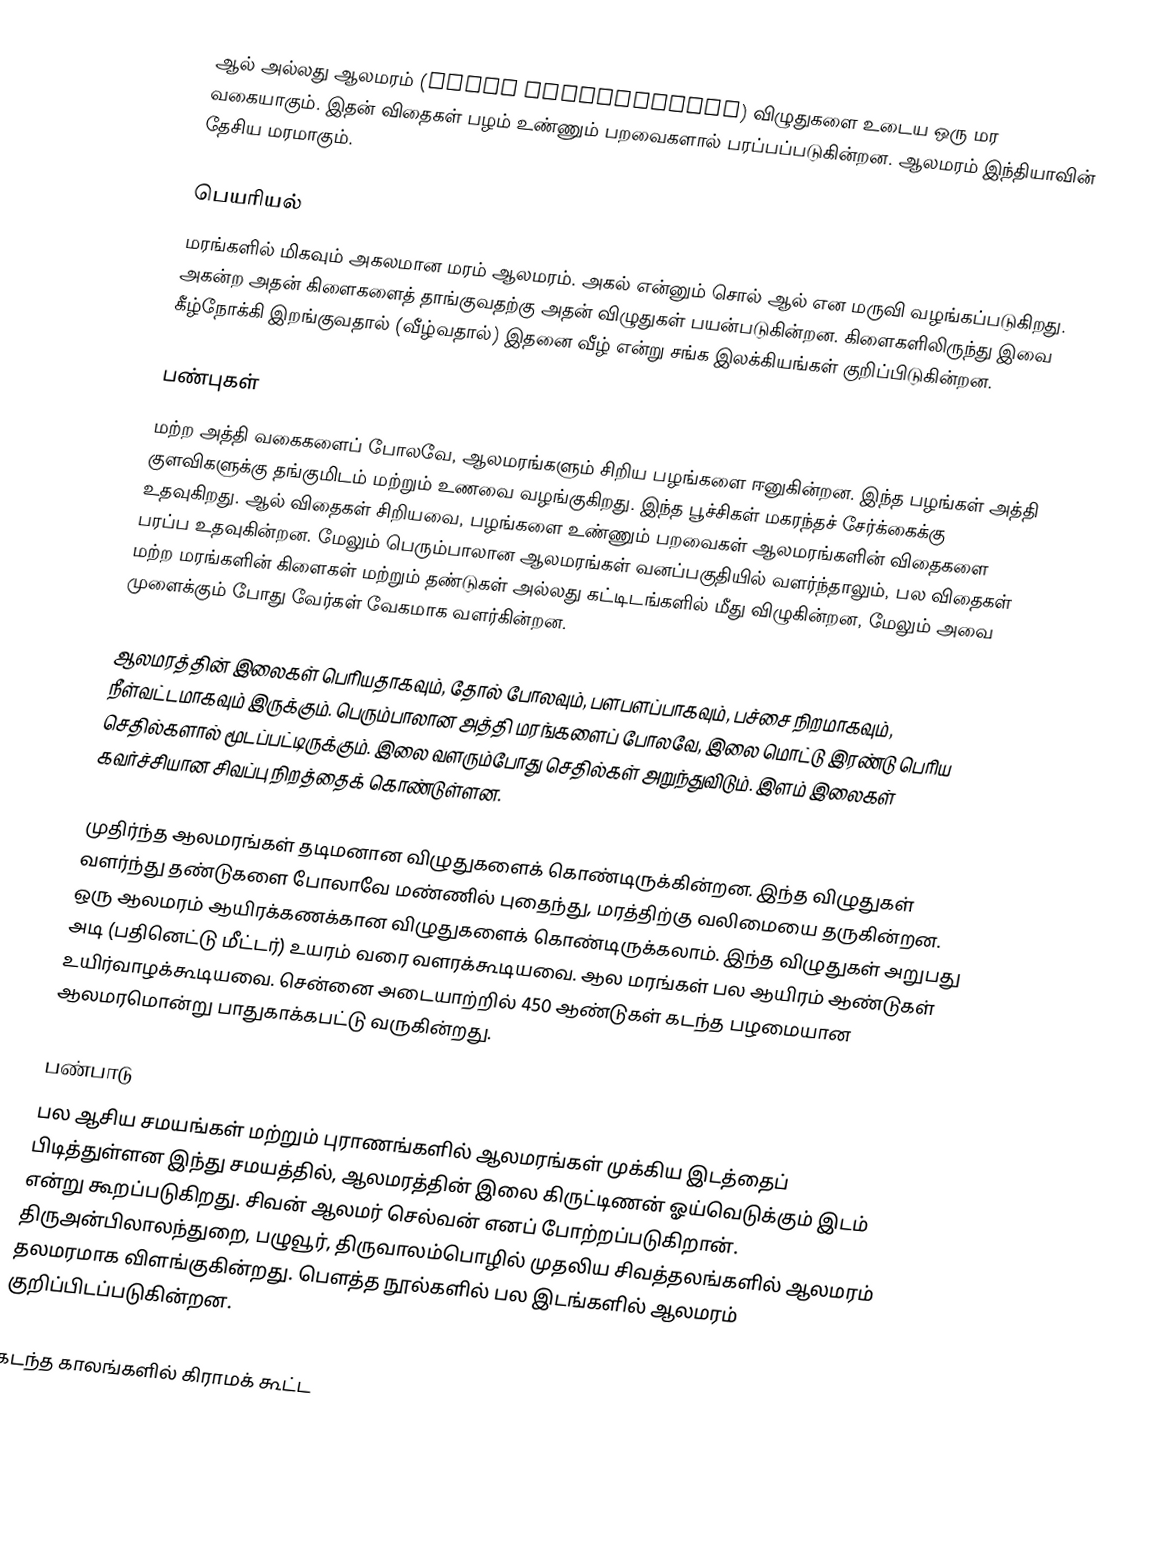
ஆல் அல்லது ஆலமரம் (Ficus benghalensis) விழுதுகளை உடைய ஒரு மர வகையாகும். இதன் விதைகள் பழம் உண்ணும் பறவைகளால் பரப்பப்படுகின்றன. ஆலமரம் இந்தியாவின் தேசிய மரமாகும்.

பெயரியல்
மரங்களில் மிகவும் அகலமான மரம் ஆலமரம். அகல் என்னும் சொல் ஆல் என மருவி வழங்கப்படுகிறது. அகன்ற அதன் கிளைகளைத் தாங்குவதற்கு அதன் விழுதுகள் பயன்படுகின்றன. கிளைகளிலிருந்து இவை கீழ்நோக்கி இறங்குவதால் (வீழ்வதால்) இதனை வீழ் என்று சங்க இலக்கியங்கள் குறிப்பிடுகின்றன.

பண்புகள்
மற்ற அத்தி வகைகளைப் போலவே, ஆலமரங்களும் சிறிய பழங்களை ஈனுகின்றன. இந்த பழங்கள் அத்தி குளவிகளுக்கு தங்குமிடம் மற்றும் உணவை வழங்குகிறது. இந்த பூச்சிகள் மகரந்தச் சேர்க்கைக்கு உதவுகிறது. ஆல் விதைகள் சிறியவை, பழங்களை உண்ணும் பறவைகள் ஆலமரங்களின் விதைகளை பரப்ப உதவுகின்றன. மேலும் பெரும்பாலான ஆலமரங்கள் வனப்பகுதியில் வளர்ந்தாலும், பல விதைகள் மற்ற மரங்களின் கிளைகள் மற்றும் தண்டுகள் அல்லது கட்டிடங்களில் மீது விழுகின்றன, மேலும் அவை முளைக்கும் போது வேர்கள் வேகமாக வளர்கின்றன.

ஆலமரத்தின் இலைகள் பெரியதாகவும், தோல் போலவும், பளபளப்பாகவும், பச்சை நிறமாகவும், நீள்வட்டமாகவும் இருக்கும். பெரும்பாலான அத்தி மரங்களைப் போலவே, இலை மொட்டு இரண்டு பெரிய செதில்களால் மூடப்பட்டிருக்கும். இலை வளரும்போது செதில்கள் அறுந்துவிடும். இளம் இலைகள் கவர்ச்சியான சிவப்பு நிறத்தைக் கொண்டுள்ளன.

முதிர்ந்த ஆலமரங்கள் தடிமனான விழுதுகளைக் கொண்டிருக்கின்றன. இந்த விழுதுகள் வளர்ந்து தண்டுகளை போலாவே மண்ணில் புதைந்து, மரத்திற்கு வலிமையை தருகின்றன. ஒரு ஆலமரம் ஆயிரக்கணக்கான விழுதுகளைக் கொண்டிருக்கலாம். இந்த விழுதுகள் அறுபது அடி (பதினெட்டு மீட்டர்) உயரம் வரை வளரக்கூடியவை. ஆல மரங்கள் பல ஆயிரம் ஆண்டுகள் உயிர்வாழக்கூடியவை. சென்னை அடையாற்றில் 450 ஆண்டுகள் கடந்த பழமையான ஆலமரமொன்று பாதுகாக்கபட்டு வருகின்றது.

பண்பாடு
பல ஆசிய சமயங்கள் மற்றும் புராணங்களில் ஆலமரங்கள் முக்கிய இடத்தைப் பிடித்துள்ளன இந்து சமயத்தில், ஆலமரத்தின் இலை கிருட்டிணன் ஓய்வெடுக்கும் இடம் என்று கூறப்படுகிறது. சிவன் ஆலமர் செல்வன் எனப் போற்றப்படுகிறான். திருஅன்பிலாலந்துறை, பழுவூர், திருவாலம்பொழில் முதலிய சிவத்தலங்களில் ஆலமரம் தலமரமாக விளங்குகின்றது. பௌத்த நூல்களில் பல இடங்களில் ஆலமரம் குறிப்பிடப்படுகின்றன.

கடந்த காலங்களில் கிராமக் கூட்ட